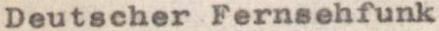
Deutscher Fernsehfunk